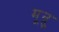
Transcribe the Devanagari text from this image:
मून्रु